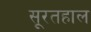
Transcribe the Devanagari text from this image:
सूरतहाल